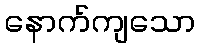
နောက်ကျသော